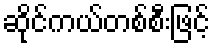
ဆိုင်ကယ်တစ်စီးဖြင့်